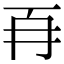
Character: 𭁡